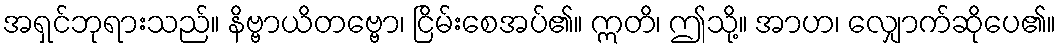
အရှင်ဘုရားသည်။ နိဗ္ဗာယိတဗ္ဗော၊ ငြိမ်းစေအပ်၏။ ဣတိ၊ ဤသို့။ အာဟ၊ လျှောက်ဆိုပေ၏။